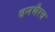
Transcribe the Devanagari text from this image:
वनभैरव